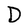
Character: D